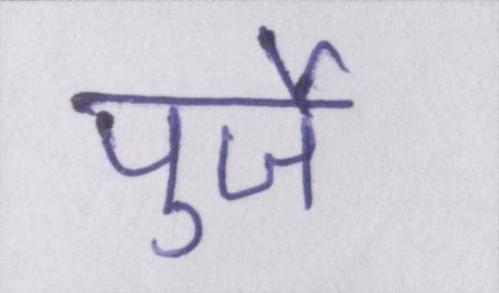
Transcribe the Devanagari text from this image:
पुर्जे